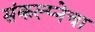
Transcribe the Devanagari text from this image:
संकल्प्नेचा